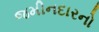
જમીનદારનો